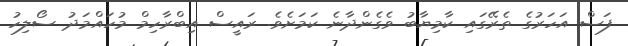
ފަސް އަހަރުގެ ތެރޭގައި ކާމިޔާބު ވެގެންދާނެ ކަމަށެވެ. ރައީސް އިބްރާހިމް މުހައްމަދު ސޯލިހު